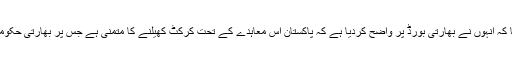
شہریار خان کا کہنا تھا کہ اُنہوں نے بھارتی بورڈ پر واضح کردیا ہے کہ پاکستان اُس معاہدے کے تحت کرکٹ کھیلنے کا متمنی ہے جس پر بھارتی حکومت کےبھی دستخط ہیں۔